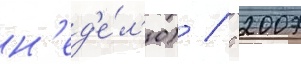
н'ед'е́л'ю) / с 2007